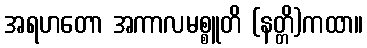
အရဟတော အကာလမစ္စူတိ (နတ္တိ)ကထာ။